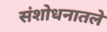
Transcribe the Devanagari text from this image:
संशोधनातले